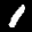
Label: 1